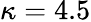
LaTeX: \kappa=4.5